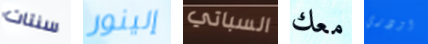
سنتات إلينور السباتي معك اودري